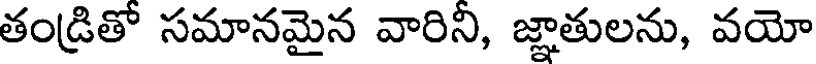
తండ్రితో సమానమైన వారిని, జ్ఞాతులను, వయో